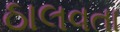
ઠાલવતા